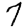
Digit: 7